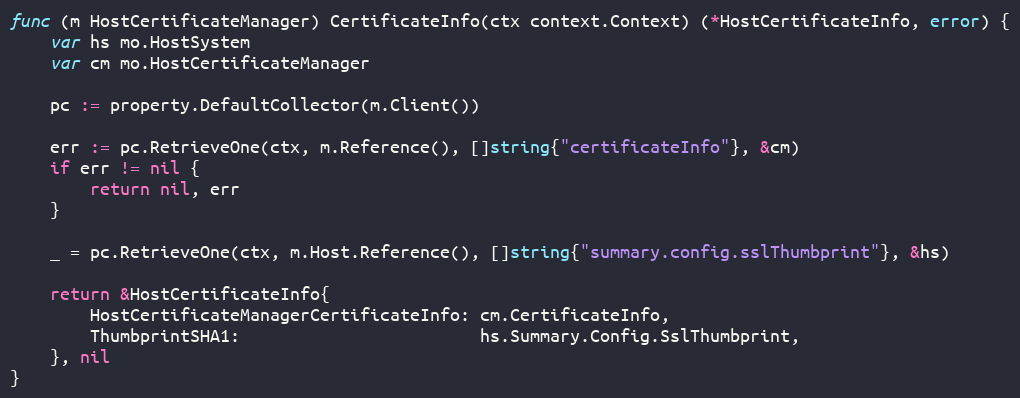
Language: Go
func (m HostCertificateManager) CertificateInfo(ctx context.Context) (*HostCertificateInfo, error) {
	var hs mo.HostSystem
	var cm mo.HostCertificateManager

	pc := property.DefaultCollector(m.Client())

	err := pc.RetrieveOne(ctx, m.Reference(), []string{"certificateInfo"}, &cm)
	if err != nil {
		return nil, err
	}

	_ = pc.RetrieveOne(ctx, m.Host.Reference(), []string{"summary.config.sslThumbprint"}, &hs)

	return &HostCertificateInfo{
		HostCertificateManagerCertificateInfo: cm.CertificateInfo,
		ThumbprintSHA1:                        hs.Summary.Config.SslThumbprint,
	}, nil
}